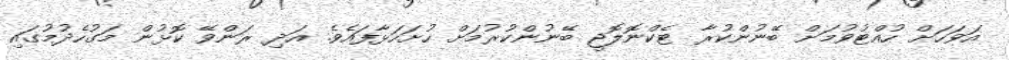
އަވަހަށް ހުއްޓުވުމަށް ބޭނުންކުރާ ޓެކްނޮލޮޖީ ބޭނުންކުރުމަށް ހުށަހަޅާފައެވެ. އަދި ރަންވޭ ކޮޅުން މަގުހެދުމުގައި